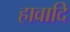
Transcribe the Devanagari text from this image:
हावादि